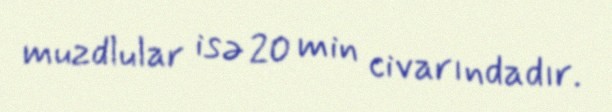
muzdlular isə 20 min civarındadır.